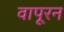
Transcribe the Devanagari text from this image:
वापूरन